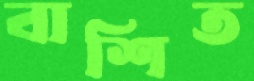
বাশিত